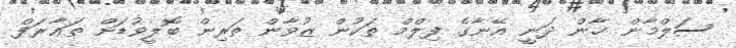
ސަލްމާން ޚާން ދަނީ އޭނާގެ ފިލްމް ތަކުން ޒުވާން ތަރިން ބޮލީވުޑަށް ތަޢާރަފް